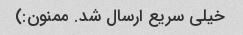
خیلی سریع ارسال شد. ممنون:)